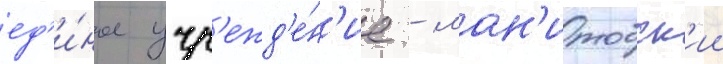
ед'и́ное учр'ежд'е́н'ие - ман'итобск'ии